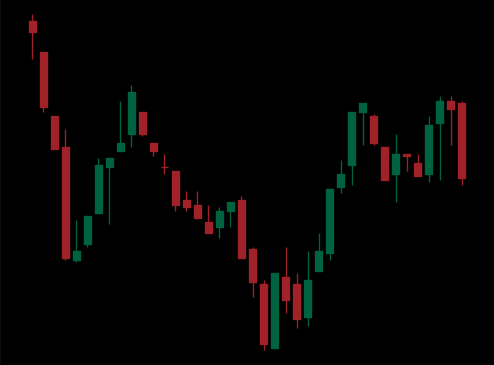
Pattern: inverse_head_shoulders